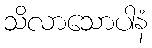
သိလာသောပါနံ